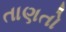
તાણતો